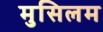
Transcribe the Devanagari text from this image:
मुसिलम